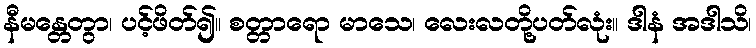
နီမန္တေတွာ၊ ပင့်ဖိတ်၍။ စတ္တာရော မာသေ၊ လေးလတို့ပတ်လုံး။ ဒါနံ အဒါသိ၊